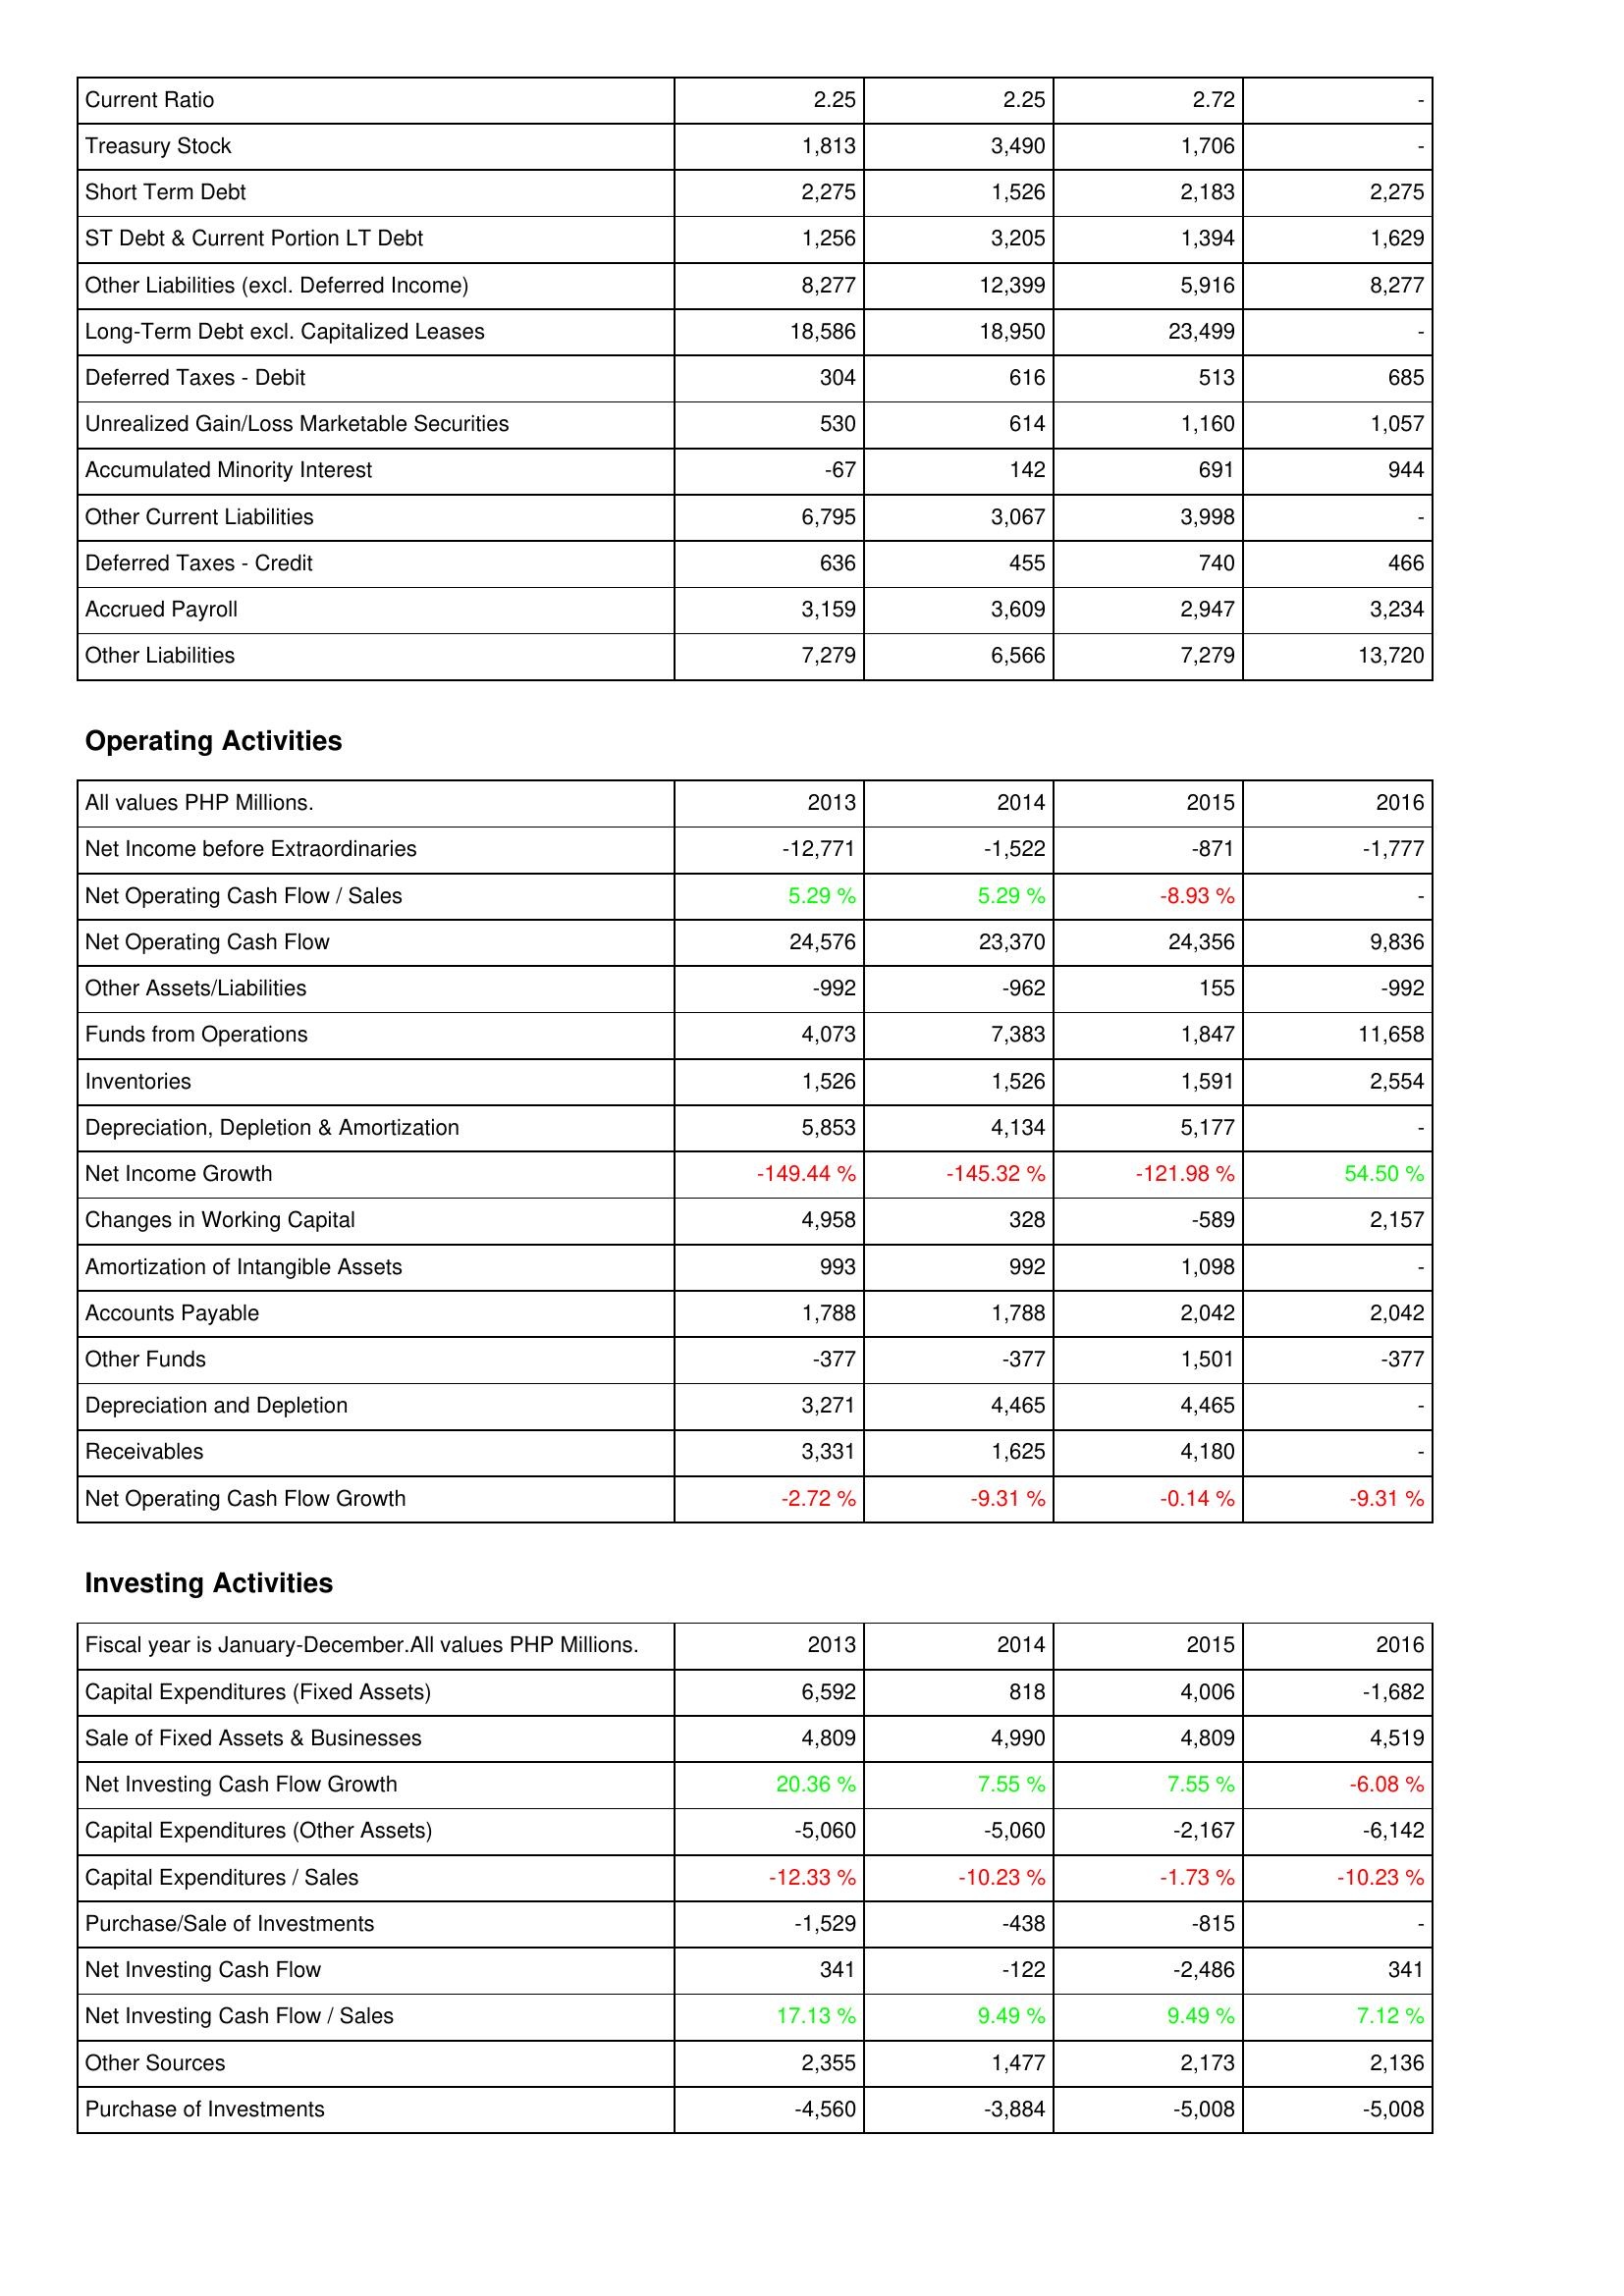
2013: Liabilities & Shareholders' Equity: Current Ratio: 2.25
Treasury Stock: 1,813
Short Term Debt: 2,275
ST Debt & Current Portion LT Debt: 1,256
Other Liabilities (excl. Deferred Income): 8,277
Long-Term Debt excl. Capitalized Leases: 18,586
Deferred Taxes - Debit: 304
Unrealized Gain/Loss Marketable Securities: 530
Accumulated Minority Interest: -67
Other Current Liabilities: 6,795
Deferred Taxes - Credit: 636
Accrued Payroll: 3,159
Other Liabilities: 7,279
Operating Activities: Net Income before Extraordinaries: -12,771
Net Operating Cash Flow / Sales: 5.29 %
Net Operating Cash Flow: 24,576
Other Assets/Liabilities: -992
Funds from Operations: 4,073
Inventories: 1,526
Depreciation, Depletion & Amortization: 5,853
Net Income Growth: -149.44 %
Changes in Working Capital: 4,958
Amortization of Intangible Assets: 993
Accounts Payable: 1,788
Other Funds: -377
Depreciation and Depletion: 3,271
Receivables: 3,331
Net Operating Cash Flow Growth: -2.72 %
Investing Activities: Capital Expenditures (Fixed Assets): 6,592
Sale of Fixed Assets & Businesses: 4,809
Net Investing Cash Flow Growth: 20.36 %
Capital Expenditures (Other Assets): -5,060
Capital Expenditures / Sales: -12.33 %
Purchase/Sale of Investments: -1,529
Net Investing Cash Flow: 341
Net Investing Cash Flow / Sales: 17.13 %
Other Sources: 2,355
Purchase of Investments: -4,560
2014: Liabilities & Shareholders' Equity: Current Ratio: 2.25
Treasury Stock: 3,490
Short Term Debt: 1,526
ST Debt & Current Portion LT Debt: 3,205
Other Liabilities (excl. Deferred Income): 12,399
Long-Term Debt excl. Capitalized Leases: 18,950
Deferred Taxes - Debit: 616
Unrealized Gain/Loss Marketable Securities: 614
Accumulated Minority Interest: 142
Other Current Liabilities: 3,067
Deferred Taxes - Credit: 455
Accrued Payroll: 3,609
Other Liabilities: 6,566
Operating Activities: Net Income before Extraordinaries: -1,522
Net Operating Cash Flow / Sales: 5.29 %
Net Operating Cash Flow: 23,370
Other Assets/Liabilities: -962
Funds from Operations: 7,383
Inventories: 1,526
Depreciation, Depletion & Amortization: 4,134
Net Income Growth: -145.32 %
Changes in Working Capital: 328
Amortization of Intangible Assets: 992
Accounts Payable: 1,788
Other Funds: -377
Depreciation and Depletion: 4,465
Receivables: 1,625
Net Operating Cash Flow Growth: -9.31 %
Investing Activities: Capital Expenditures (Fixed Assets): 818
Sale of Fixed Assets & Businesses: 4,990
Net Investing Cash Flow Growth: 7.55 %
Capital Expenditures (Other Assets): -5,060
Capital Expenditures / Sales: -10.23 %
Purchase/Sale of Investments: -438
Net Investing Cash Flow: -122
Net Investing Cash Flow / Sales: 9.49 %
Other Sources: 1,477
Purchase of Investments: -3,884
2015: Liabilities & Shareholders' Equity: Current Ratio: 2.72
Treasury Stock: 1,706
Short Term Debt: 2,183
ST Debt & Current Portion LT Debt: 1,394
Other Liabilities (excl. Deferred Income): 5,916
Long-Term Debt excl. Capitalized Leases: 23,499
Deferred Taxes - Debit: 513
Unrealized Gain/Loss Marketable Securities: 1,160
Accumulated Minority Interest: 691
Other Current Liabilities: 3,998
Deferred Taxes - Credit: 740
Accrued Payroll: 2,947
Other Liabilities: 7,279
Operating Activities: Net Income before Extraordinaries: -871
Net Operating Cash Flow / Sales: -8.93 %
Net Operating Cash Flow: 24,356
Other Assets/Liabilities: 155
Funds from Operations: 1,847
Inventories: 1,591
Depreciation, Depletion & Amortization: 5,177
Net Income Growth: -121.98 %
Changes in Working Capital: -589
Amortization of Intangible Assets: 1,098
Accounts Payable: 2,042
Other Funds: 1,501
Depreciation and Depletion: 4,465
Receivables: 4,180
Net Operating Cash Flow Growth: -0.14 %
Investing Activities: Capital Expenditures (Fixed Assets): 4,006
Sale of Fixed Assets & Businesses: 4,809
Net Investing Cash Flow Growth: 7.55 %
Capital Expenditures (Other Assets): -2,167
Capital Expenditures / Sales: -1.73 %
Purchase/Sale of Investments: -815
Net Investing Cash Flow: -2,486
Net Investing Cash Flow / Sales: 9.49 %
Other Sources: 2,173
Purchase of Investments: -5,008
2016: Liabilities & Shareholders' Equity: Current Ratio: -
Treasury Stock: -
Short Term Debt: 2,275
ST Debt & Current Portion LT Debt: 1,629
Other Liabilities (excl. Deferred Income): 8,277
Long-Term Debt excl. Capitalized Leases: -
Deferred Taxes - Debit: 685
Unrealized Gain/Loss Marketable Securities: 1,057
Accumulated Minority Interest: 944
Other Current Liabilities: -
Deferred Taxes - Credit: 466
Accrued Payroll: 3,234
Other Liabilities: 13,720
Operating Activities: Net Income before Extraordinaries: -1,777
Net Operating Cash Flow / Sales: -
Net Operating Cash Flow: 9,836
Other Assets/Liabilities: -992
Funds from Operations: 11,658
Inventories: 2,554
Depreciation, Depletion & Amortization: -
Net Income Growth: 54.50 %
Changes in Working Capital: 2,157
Amortization of Intangible Assets: -
Accounts Payable: 2,042
Other Funds: -377
Depreciation and Depletion: -
Receivables: -
Net Operating Cash Flow Growth: -9.31 %
Investing Activities: Capital Expenditures (Fixed Assets): -1,682
Sale of Fixed Assets & Businesses: 4,519
Net Investing Cash Flow Growth: -6.08 %
Capital Expenditures (Other Assets): -6,142
Capital Expenditures / Sales: -10.23 %
Purchase/Sale of Investments: -
Net Investing Cash Flow: 341
Net Investing Cash Flow / Sales: 7.12 %
Other Sources: 2,136
Purchase of Investments: -5,008